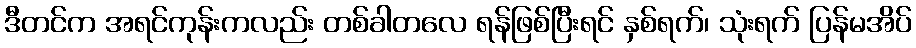
ဒီတင်က အရင်ကုန်းကလည်း တစ်ခါတလေ ရန်ဖြစ်ပြီးရင် နှစ်ရက်၊ သုံးရက် ပြန်မအိပ်